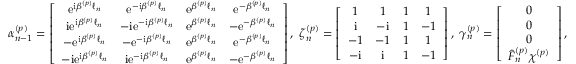
\boldsymbol \alpha _ { n - 1 } ^ { ( p ) } = \left[ \begin{array} { c c c c } { \mathrm { e } ^ { \mathrm { i } \beta ^ { ( p ) } \ell _ { n } } } & { \mathrm { e } ^ { - \mathrm { i } \beta ^ { ( p ) } \ell _ { n } } } & { \mathrm { e } ^ { \beta ^ { ( p ) } \ell _ { n } } } & { \mathrm { e } ^ { - \beta ^ { ( p ) } \ell _ { n } } } \\ { \mathrm { i } \mathrm { e } ^ { \mathrm { i } \beta ^ { ( p ) } \ell _ { n } } } & { - \mathrm { i } \mathrm { e } ^ { - \mathrm { i } \beta ^ { ( p ) } \ell _ { n } } } & { \mathrm { e } ^ { \beta ^ { ( p ) } \ell _ { n } } } & { - \mathrm { e } ^ { - \beta ^ { ( p ) } \ell _ { n } } } \\ { - \mathrm { e } ^ { \mathrm { i } \beta ^ { ( p ) } \ell _ { n } } } & { - \mathrm { e } ^ { - \mathrm { i } \beta ^ { ( p ) } \ell _ { n } } } & { \mathrm { e } ^ { \beta ^ { ( p ) } \ell _ { n } } } & { \mathrm { e } ^ { - \beta ^ { ( p ) } \ell _ { n } } } \\ { - \mathrm { i } \mathrm { e } ^ { \mathrm { i } \beta ^ { ( p ) } \ell _ { n } } } & { \mathrm { i } \mathrm { e } ^ { - \mathrm { i } \beta ^ { ( p ) } \ell _ { n } } } & { \mathrm { e } ^ { \beta ^ { ( p ) } \ell _ { n } } } & { - \mathrm { e } ^ { - \beta ^ { ( p ) } \ell _ { n } } } \end{array} \right] , \; \boldsymbol \zeta _ { n } ^ { ( p ) } = \left[ \begin{array} { c c c c } { 1 } & { 1 } & { 1 } & { 1 } \\ { \mathrm { i } } & { - \mathrm { i } } & { 1 } & { - 1 } \\ { - 1 } & { - 1 } & { 1 } & { 1 } \\ { - \mathrm { i } } & { \mathrm { i } } & { 1 } & { - 1 } \end{array} \right] , \; \boldsymbol \gamma _ { n } ^ { ( p ) } = \left[ \begin{array} { c } { 0 } \\ { 0 } \\ { 0 } \\ { \hat { F } _ { n } ^ { ( p ) } \chi ^ { ( p ) } } \end{array} \right] ,